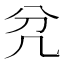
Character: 𭂭